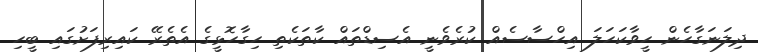
ދިލަނަގާހެން ހީވާކަހަލަ އިހްސާސެއް ކުރެވެނީ އެސިޑްތައް ކާތަކެތި ހިގާހޮޅީގެ އެތެރޭ ކައިރިފަށުގައި ބީހި